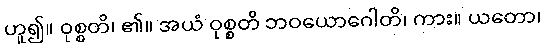
ဟူ၍။ ဝုစ္စတိ၊ ၏။ အယံ ဝုစ္စတိ ဘဝယောဂေါတိ၊ ကား။ ယတော၊